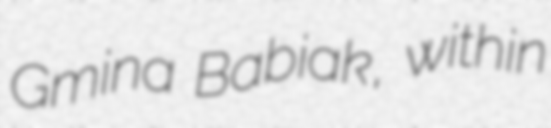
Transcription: Gmina Babiak, within